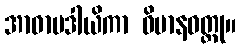
အာဓာမဒါယိကာ ဝိမာနဝတ္ထု။